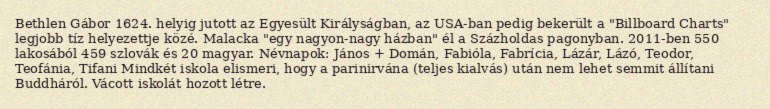
Bethlen Gábor 1624. helyig jutott az Egyesült Királyságban, az USA-ban pedig bekerült a "Billboard Charts" legjobb tíz helyezettje közé. Malacka "egy nagyon-nagy házban" él a Százholdas pagonyban. 2011-ben 550 lakosából 459 szlovák és 20 magyar. Névnapok: János + Domán, Fabióla, Fabrícia, Lázár, Lázó, Teodor, Teofánia, Tifani Mindkét iskola elismeri, hogy a parinirvána (teljes kialvás) után nem lehet semmit állítani Buddháról. Vácott iskolát hozott létre.